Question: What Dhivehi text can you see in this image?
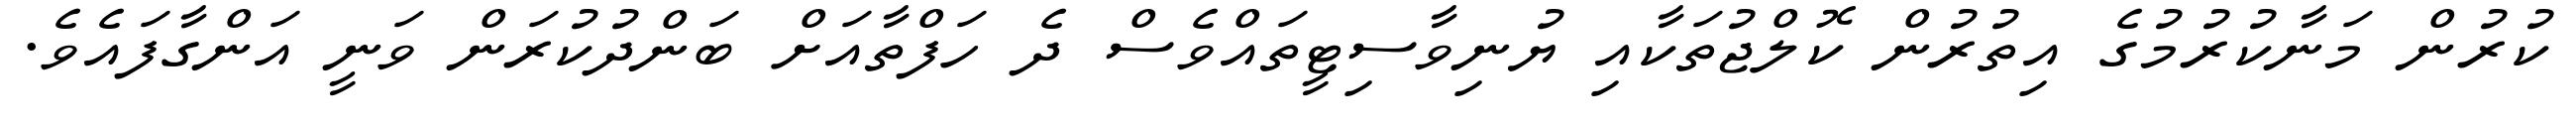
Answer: ކުރުން މަނާކުރުމުގެ އިތުރުން ކޮލްޖުތަކާއި ޔުނިވާސިޓީތައްވެސް ދެ ހަފްތާއަށް ބަންދުކުރަން ވަނީ އަންގާފައެވެ.